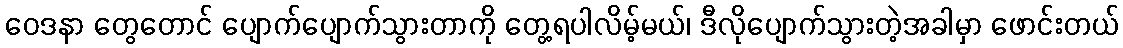
ဝေဒနာ တွေတောင် ပျောက်ပျောက်သွားတာကို တွေ့ရပါလိမ့်မယ်၊ ဒီလိုပျောက်သွားတဲ့အခါမှာ ဖောင်းတယ်